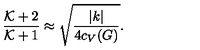
{ \frac { { \cal K } + 2 } { { \cal K } + 1 } } \approx \sqrt { \frac { | k | } { 4 c _ { V } ( G ) } } .